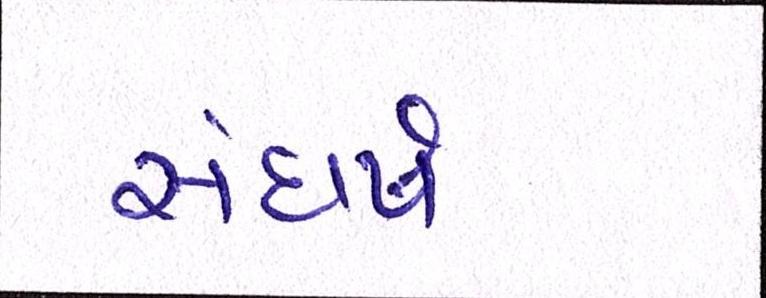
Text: સંઘર્ષ